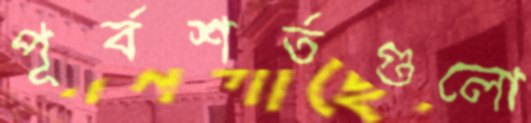
পূর্বশর্তগুলো